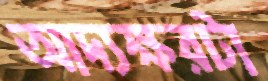
আদ্যক্ষরটা